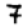
Digit: 7